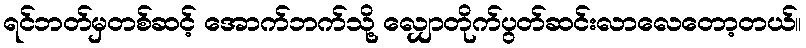
ရင်ဘတ်မှတစ်ဆင့် အောက်ဘက်သို့ လျှောတိုက်ပွတ်ဆင်းလာလေတော့တယ်။